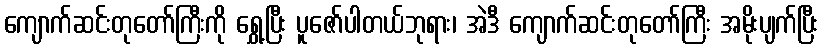
ကျောက်ဆင်းတုတော်ကြီးကို ရွှေ့ပြီး ပူဇော်ပါတယ်ဘုရား၊ အဲဒီ ကျောက်ဆင်းတုတော်ကြီး အမိုးပျက်ပြီး